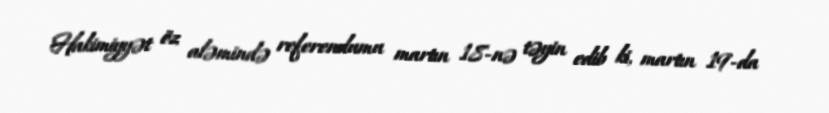
Hakimiyyət öz aləmində referendumu martın 18-nə təyin edib ki, martın 19-da